system: You are a helpful assistant.
user:
Analyze the provided spectrum to determine if it is a **S-type Star**.

- **Key Indicators for S-type Star:**

    - **(Overall Spectrum Shape):** The first and most obvious characteristic is the overall continuum (the "baseline" shape). It is **extremely "red-sloping,"** meaning the flux (light intensity) is very low on the left side (blue, ~4000-4500 Å) and rises steeply and continuously toward the right side (red, ~7000 Å+).

    - **(Primary):** The spectrum is defined by the presence of strong, broad molecular absorption "valleys" (bands) from **Zirconium Oxide (ZrO)**. The identification of these bands is the **primary requirement** for classifying a star as S-type.
        - **(Key Bandheads):** You must find distinct, deep "dips" where the light has been absorbed. The most critical band systems to locate are:
            - **~6474 Å** ($\gamma$-system): This is often the strongest and clearest ZrO feature, found in the red part of the spectrum.
            - **~5718 Å** & **~5551 Å** ($\beta$-system): A pair of prominent absorption features in the yellow-orange part of the spectrum.
            - **~4640 Å** ($\alpha$-system): A key absorption band system in the blue-green region of the spectrum.

    - **(Secondary Confirmation):** The classification is strengthened by finding additional absorption bands from other related heavy element oxides, which are expected to be present alongside ZrO.
        - **(Key Bandheads):**
            - **Yttrium Oxide (YO):** Look for absorption dips near **~4800 Å** and **~6100 Å**.
            - **Lanthanum Oxide (LaO):** Additional absorption features, particularly in the red-orange part of the spectrum, are also characteristic.

    - **(Line Profile):** The combination of the steep red continuum and these numerous, deep molecular bands (ZrO, YO, etc.) gives the entire spectrum a very **"chopped-up"** or **"bumpy"** appearance. Instead of a smooth curve, the spectrum looks as though large, wide chunks of light have been "carved out" of it at the specific wavelengths listed above.

Think first, call **spectral_visualization_tool** if needed to examine features in detail, then provide your final answer. Your response must adhere to the following strict rules:
1.  **Overall Structure:** Your response must follow the format `<think>...</think> <tool_call>...</tool_call> (if a tool is used) <answer>...</answer>`.
2.  **Tool Usage Constraint:** You may only make **one** tool call per turn.
3.  **Final Answer Format:** In the `<answer>` tag, your conclusion must be inside a `\boxed{}` command (e.g., `\boxed{YES}` or `\boxed{NO}`), followed by your justification.

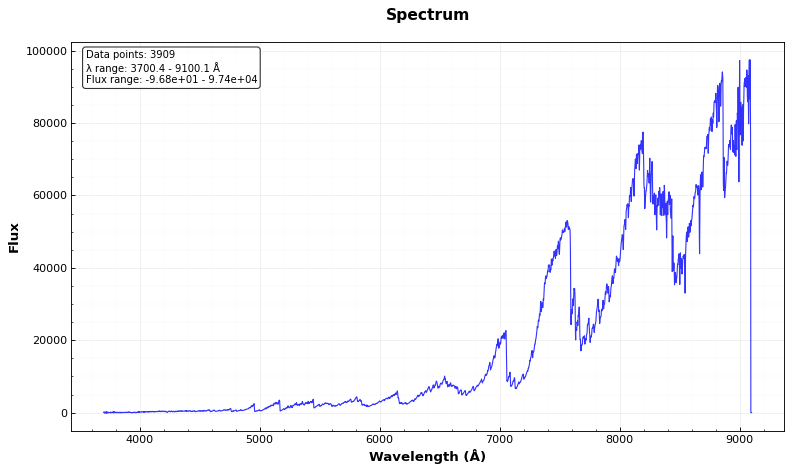
Answer: YES